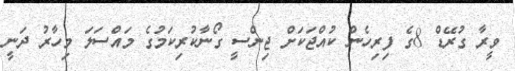
ވީރާ ގުރޭޑް 8ގެ ފިރިހެން ކުއްޖަކަށް ޖިންސީ ގޯނާކުރިކަމުގެ މައްސަލަ މިހާރު ދަނީ